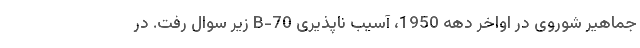
جماهیر شوروی در اواخر دهه 1950، آسیب ناپذیری B-70 زیر سوال رفت. در